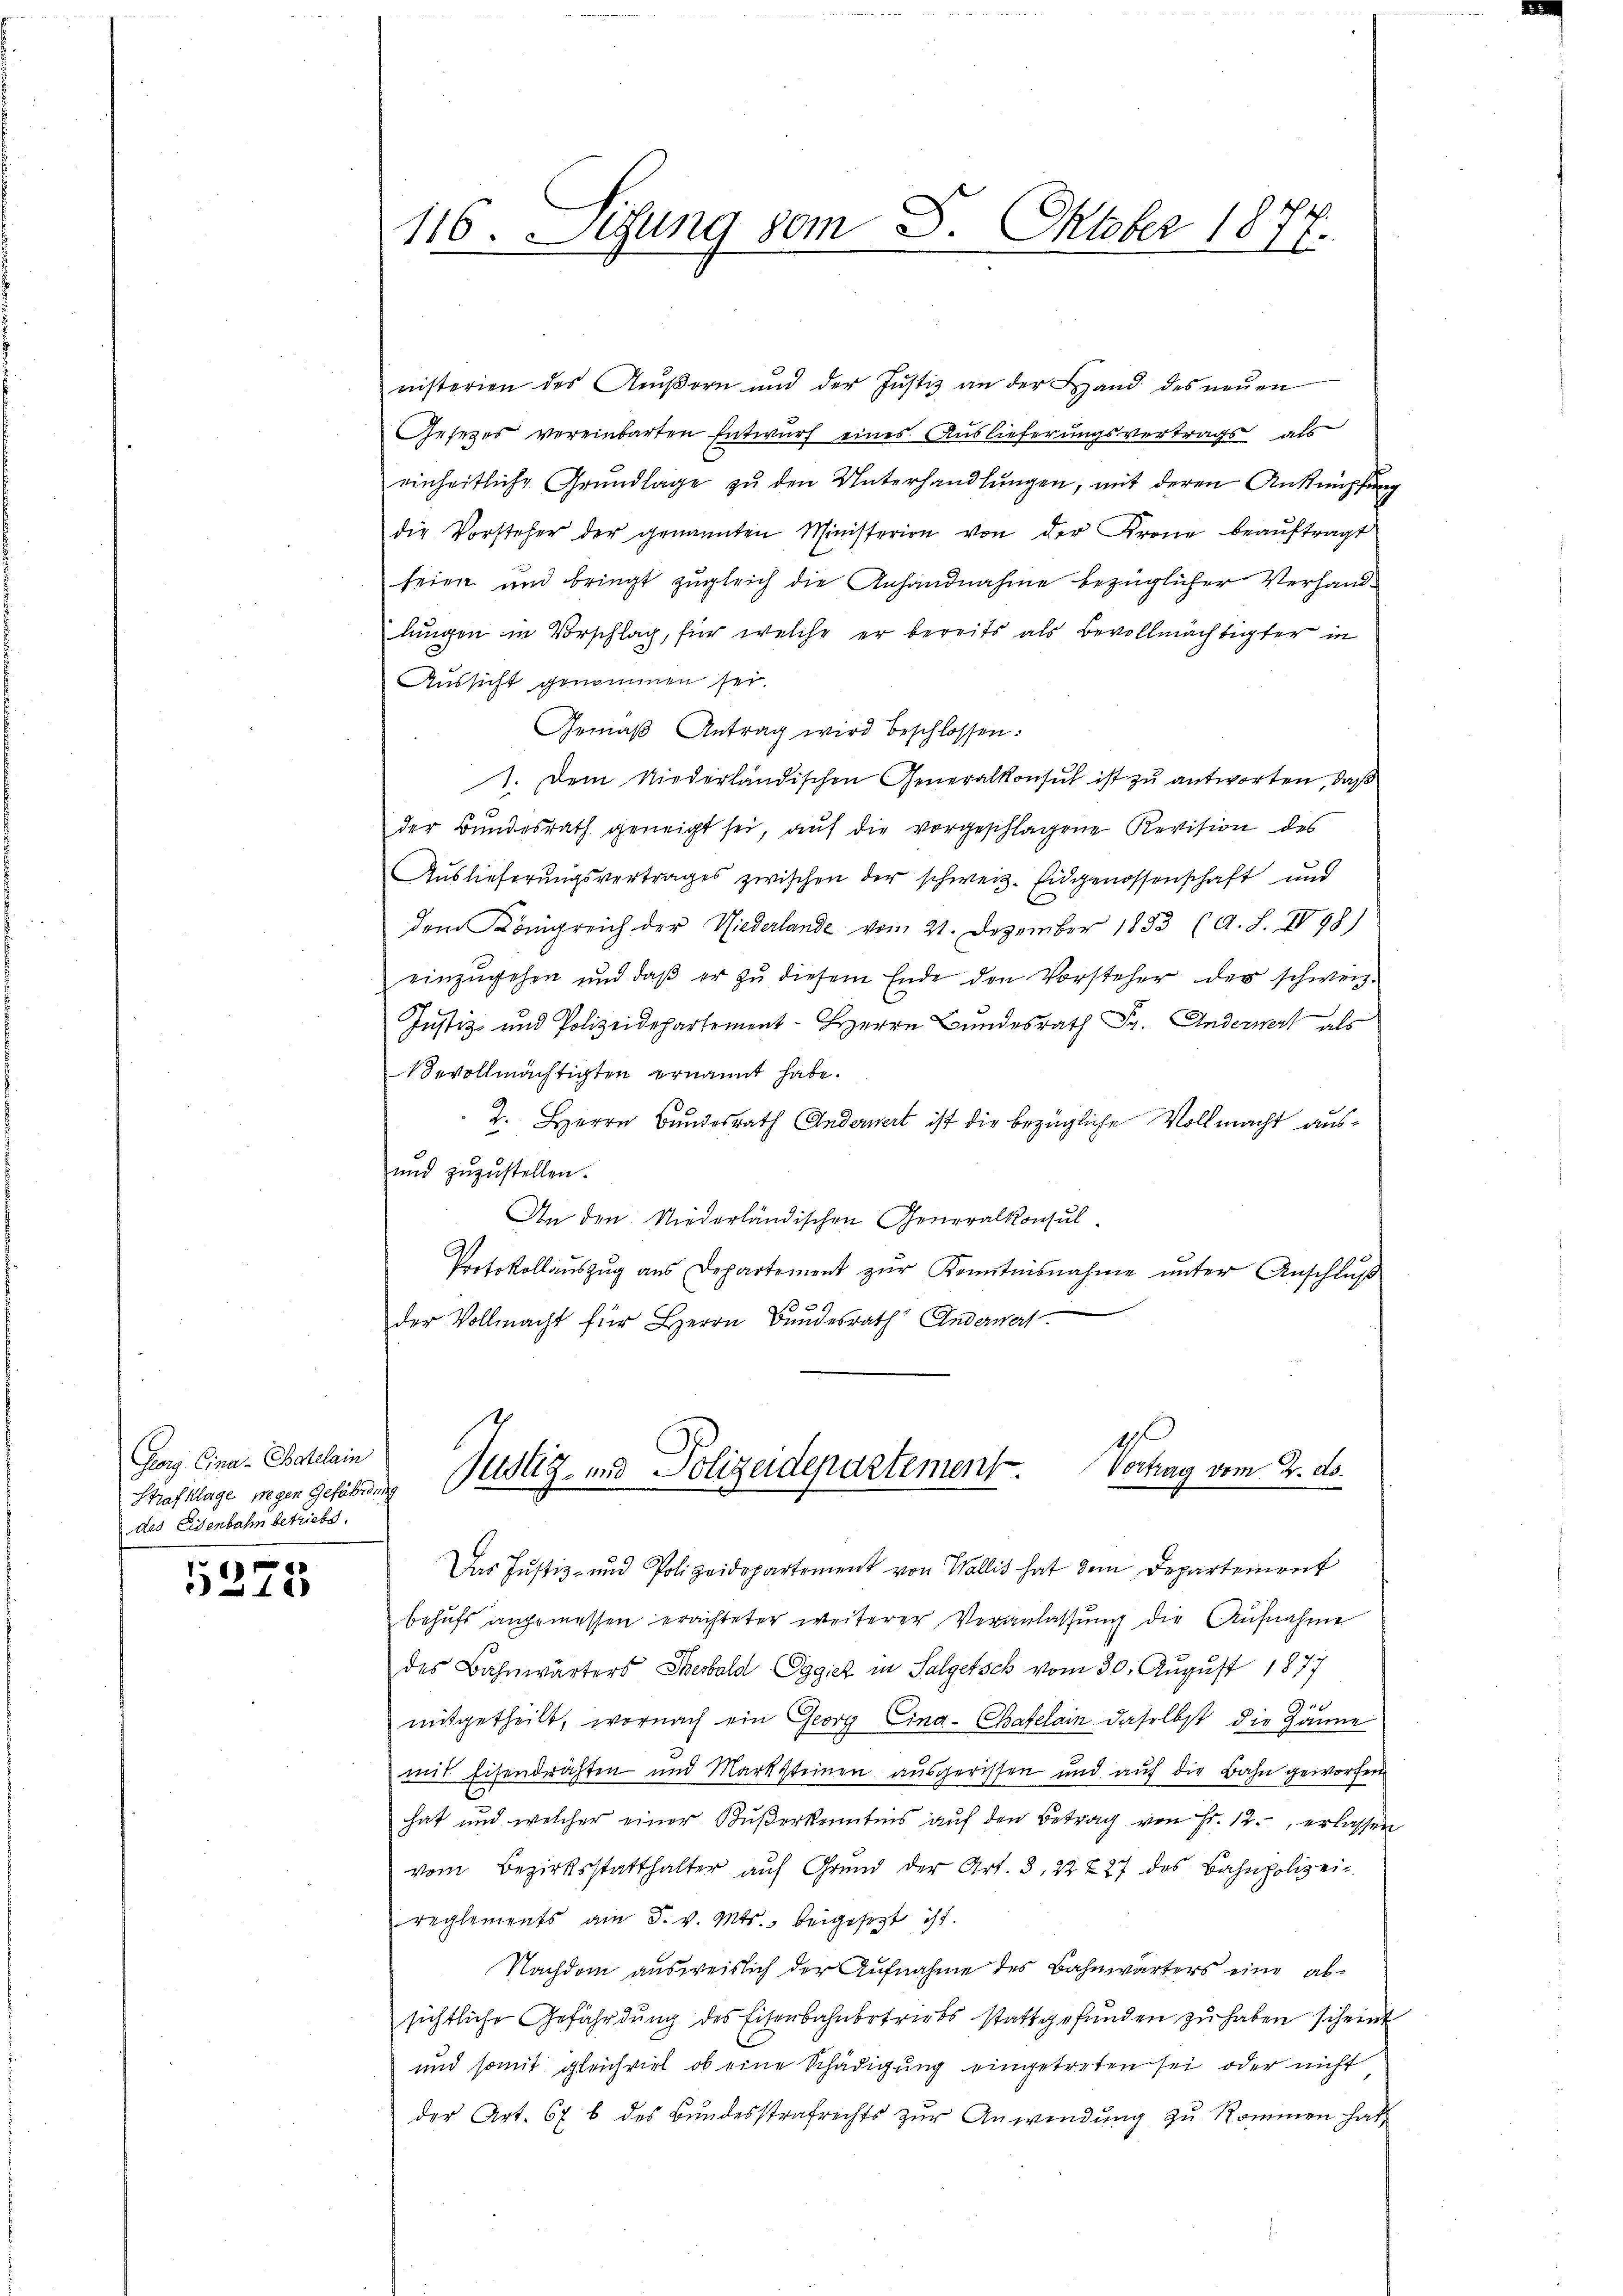
Georg, Cina-Batelain
Strafklage wegen Gefährden
des Eisenbahn betriebe.

5275

116. Situng vom 8. Oktober 1877.

nisterien des Aeŭβern und der Justiz an der Land des neŭen
Gesetzes vereinbarten Entwurf eines Auslieferungsvertrags, als
einheitliche Grŭndlage zŭ den Unterhandlŭngen, mit deren Anknüpfung
die Vorsteher der genannten Ministerien von der Krone beaŭftragt
seien und bringt zugleich die Anhandnahme bezüglicher Verhandlungen in Vorschlag, für welche er bereits als Bevollmächtigter in
Aussicht genommen sei.
Gemäß Antrag wird beschlossen:
1. Dem Niederländischen Generalkonsul ist zu antworten, daß
der Bundesrath geneigt sei, auf die vorgeschlagene Revision des
Auslieferŭngsvertrages zwischen der schweiz. Eidgenossenschaft und
dem Königreich der Wiederlande vom 21. Dezember 1853 (d. J. IV 98)
einzugehen und daβ er zŭ diesem Ende den Vorsteher der schweiz.
Justiz- und Polizeidepartement - Herrn Bundesrath Dr. Anderwert als
evollmächtigten ernannt habe.
2. Herrn Bundesrath Anderwert ist die bezügliche Vollmacht ausŭnd zŭzŭstellen.
An den Niederländischen Generalkonsul
Protokollauszug aus Departement zŭr Kenntnisnahme unter Anschluß
10 x
der Vollmacht für Herrn Bundesrath Anderwert

Das Justiz- und Polizeidepartement von Wallis hat dem Departement
behufs angemessen erachteter weiterer Veranlassung die Aufnahme
des Bahnwärters Serbold Oggiez in Salgetsch vom 30. August 1877
r
mitgetheilt, wornach ein Georg Eina-Chafelain daselbst die Hanne
mit Eisendrähten und Marksteinen ausgerissen und auf die Bahn geworfen
hat und welcher einer Bŭβerkenntnis aŭf den Betrag von Fr. 12. erlassen
vom Bezirksstatthalter auf Grund der Art. 3, 22 t 27 des Bahnpolizei.
reglements am 5. v. Mts. beigesetzt ist.
Nachdem ausweislich der Aufnahme des Bahnwärters eine absichtliche Gefährdŭng des Eisenbahnbetriebs stattgefŭnden zŭ haben scheint
und somit gleichviel ob eine Schädigung eingetreten sei oder nicht
der Art. 67 b des Bŭndesstrafrechts zŭr Anwendŭng zŭ kommen hat

1
Justiz- und Polizeidepartement Vortrag vom 2. ds.
d